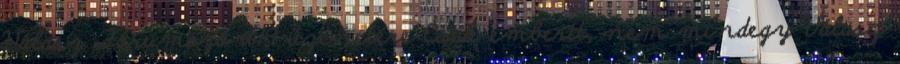
Válasz Fórumozó #19 üzenetére Csak emberit, nem mindegy Válasz